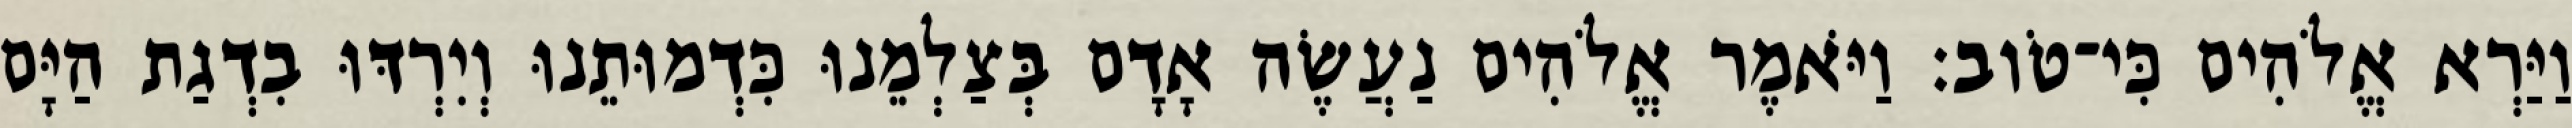
וַיַּרְא אֱלֹהִים כִּי־טֹוב׃ וַיֹּאמֶר אֱלֹהִים נַעֲשֶׂה אָדָם בְּצַלְמֵנוּ כִּדְמוּתֵנוּ וְיִרְדּוּ בִדְגַת הַיָּם